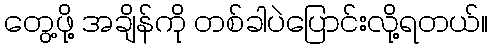
တွေ့ဖို့ အချိန်ကို တစ်ခါပဲပြောင်းလို့ရတယ်။